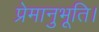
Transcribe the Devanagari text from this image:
प्रेमानुभूति।